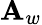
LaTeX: \mathbf{A}_{w}